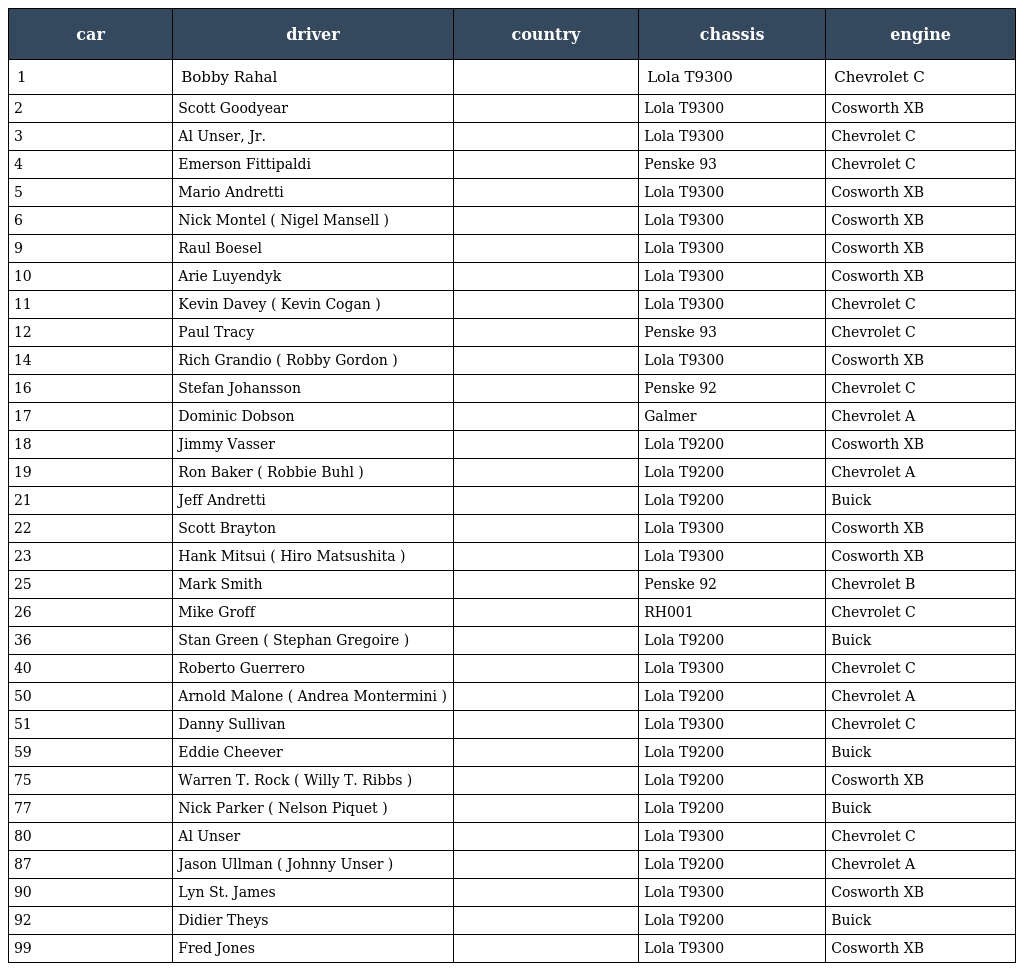
| car | driver | country | chassis | engine |
 | --- | --- | --- | --- | --- |
 | 1 | Bobby Rahal |  | Lola T9300 | Chevrolet C |
 | 2 | Scott Goodyear |  | Lola T9300 | Cosworth XB |
 | 3 | Al Unser, Jr. |  | Lola T9300 | Chevrolet C |
 | 4 | Emerson Fittipaldi |  | Penske 93 | Chevrolet C |
 | 5 | Mario Andretti |  | Lola T9300 | Cosworth XB |
 | 6 | Nick Montel ( Nigel Mansell ) |  | Lola T9300 | Cosworth XB |
 | 9 | Raul Boesel |  | Lola T9300 | Cosworth XB |
 | 10 | Arie Luyendyk |  | Lola T9300 | Cosworth XB |
 | 11 | Kevin Davey ( Kevin Cogan ) |  | Lola T9300 | Chevrolet C |
 | 12 | Paul Tracy |  | Penske 93 | Chevrolet C |
 | 14 | Rich Grandio ( Robby Gordon ) |  | Lola T9300 | Cosworth XB |
 | 16 | Stefan Johansson |  | Penske 92 | Chevrolet C |
 | 17 | Dominic Dobson |  | Galmer | Chevrolet A |
 | 18 | Jimmy Vasser |  | Lola T9200 | Cosworth XB |
 | 19 | Ron Baker ( Robbie Buhl ) |  | Lola T9200 | Chevrolet A |
 | 21 | Jeff Andretti |  | Lola T9200 | Buick |
 | 22 | Scott Brayton |  | Lola T9300 | Cosworth XB |
 | 23 | Hank Mitsui ( Hiro Matsushita ) |  | Lola T9300 | Cosworth XB |
 | 25 | Mark Smith |  | Penske 92 | Chevrolet B |
 | 26 | Mike Groff |  | RH001 | Chevrolet C |
 | 36 | Stan Green ( Stephan Gregoire ) |  | Lola T9200 | Buick |
 | 40 | Roberto Guerrero |  | Lola T9300 | Chevrolet C |
 | 50 | Arnold Malone ( Andrea Montermini ) |  | Lola T9200 | Chevrolet A |
 | 51 | Danny Sullivan |  | Lola T9300 | Chevrolet C |
 | 59 | Eddie Cheever |  | Lola T9200 | Buick |
 | 75 | Warren T. Rock ( Willy T. Ribbs ) |  | Lola T9200 | Cosworth XB |
 | 77 | Nick Parker ( Nelson Piquet ) |  | Lola T9200 | Buick |
 | 80 | Al Unser |  | Lola T9300 | Chevrolet C |
 | 87 | Jason Ullman ( Johnny Unser ) |  | Lola T9200 | Chevrolet A |
 | 90 | Lyn St. James |  | Lola T9300 | Cosworth XB |
 | 92 | Didier Theys |  | Lola T9200 | Buick |
 | 99 | Fred Jones |  | Lola T9300 | Cosworth XB |